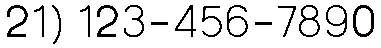
21) 123-456-7890